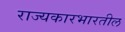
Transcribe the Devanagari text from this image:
राज्यकारभारतील